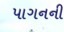
પાગનની